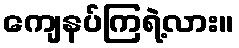
ကျေနပ်ကြရဲ့လား။